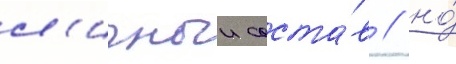
л'ичныи соста́в / но́